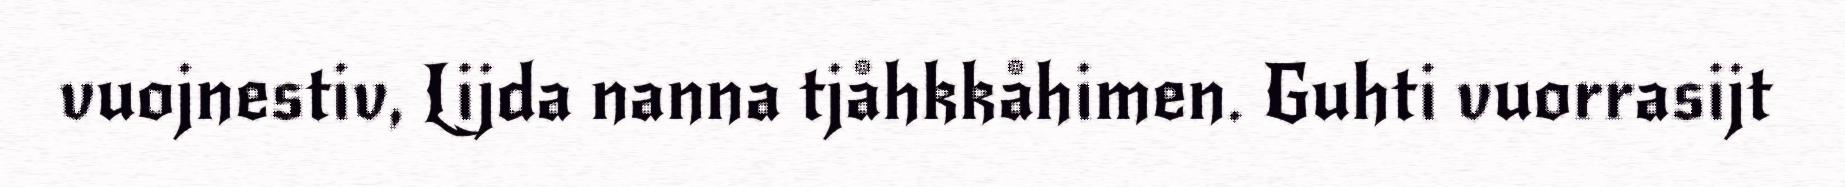
vuojnestiv, Lijda nanna tjåhkkåhimen. Guhti vuorrasijt